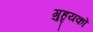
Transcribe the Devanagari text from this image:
गुहृयकों